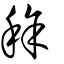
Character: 稌